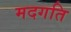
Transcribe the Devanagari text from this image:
मदगति